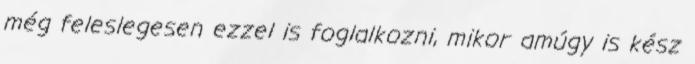
még feleslegesen ezzel is foglalkozni, mikor amúgy is kész